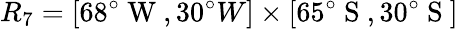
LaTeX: R_{7}=[68^{\circ}\mathrm{~W~},30^{\circ}{W}]\times[65^{\circ}\mathrm{~S~},30^{\circ}\mathrm{~S~}]